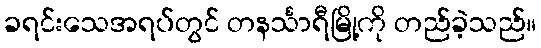
ခရင်းသေအရပ်တွင် တနင်္သာရီမြို့ကို တည်ခဲ့သည်။